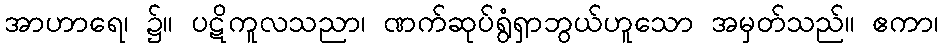
အာဟာရေ၊ ၌။ ပဋိကူလသညာ၊ ဏက်ဆုပ်ရွံရှာဘွယ်ဟူသော အမှတ်သည်။ ဧကာ၊